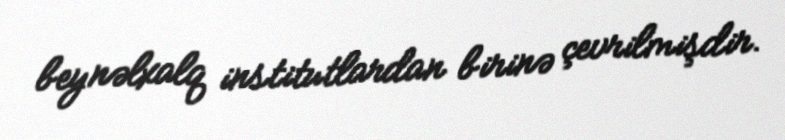
beynəlxalq institutlardan birinə çevrilmişdir.